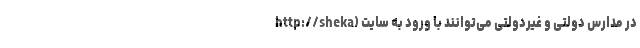
در مدارس دولتی و غیردولتی می‌توانند با ورود به سایت (http://sheka